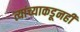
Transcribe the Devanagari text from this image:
त्यांच्याकडूनही